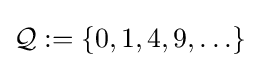
{\mathcal {Q}}:=\{0,1,4,9,\ldots \}